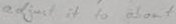
Text: adjust it to about